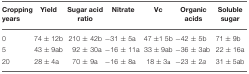
<table><thead><tr><td><b>Cropping years</b></td><td><b>Yield</b></td><td><b>Sugar acid ratio</b></td><td><b>Nitrate</b></td><td><b>Vc</b></td><td><b>Organic acids</b></td><td><b>Soluble sugar</b></td></tr></thead><tbody><tr><td>0</td><td>74 ± 12b</td><td>210 ± 42b</td><td>−31 ± 5a</td><td>47 ±1 5b</td><td>−42 ± 5b</td><td>71 ± 9b</td></tr><tr><td>5</td><td>43 ± 9ab</td><td>92 ± 30a</td><td>−16 ± 11a</td><td>33 ± 9ab</td><td>−36 ± 3ab</td><td>22 ± 16a</td></tr><tr><td>20</td><td>28 ± 4a</td><td>70 ± 9a</td><td>−16 ± 8a</td><td>18 ± 3a</td><td>−23 ± 2<i>a</i></td><td>31 ± 5ab</td></tr></tbody></table>